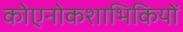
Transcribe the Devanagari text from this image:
कोएनोकशाभिकियों